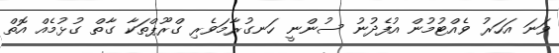
ވަނަ އަހަރު ވެއްޓުމުން އުފެދުނު ސުންނީ ހަނގުރާމަވެރި ގްރޫޕްތަކާ ގާތް ގުޅުމެއް އޮތް